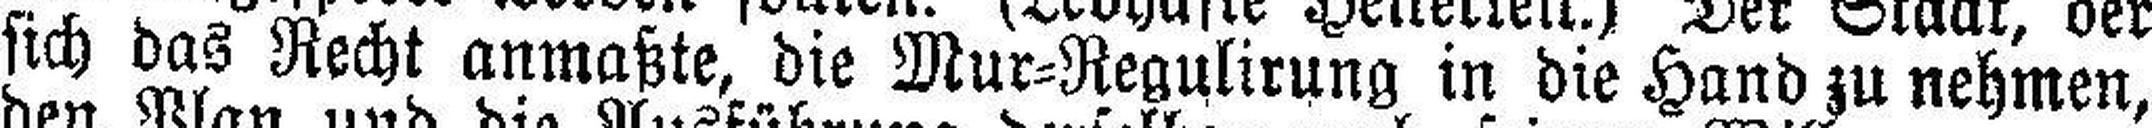
sich das Recht anmaßte, die Mur=Regulirung in die Hand zu nehmen,